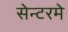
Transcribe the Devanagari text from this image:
सेन्टरमे